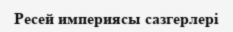
Ресей империясы сазгерлері